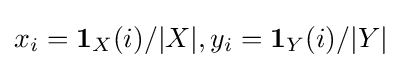
x_{i}=\mathbf {1} _{X}(i)/|X|,y_{i}=\mathbf {1} _{Y}(i)/|Y|